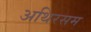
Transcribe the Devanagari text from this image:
अथिरसम